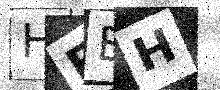
Text: HFEH